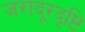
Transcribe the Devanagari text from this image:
जरादूरदृष्टि